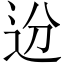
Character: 𬨟